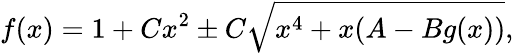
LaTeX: f(x)=1+Cx^{2}\pm C\sqrt{x^{4}+x(A-Bg(x))},